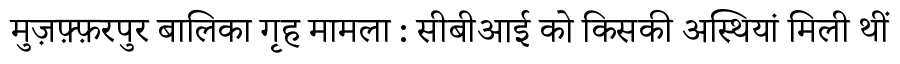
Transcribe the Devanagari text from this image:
मुज़फ़्फ़रपुर बालिका गृह मामला : सीबीआई को किसकी अस्थियां मिली थीं